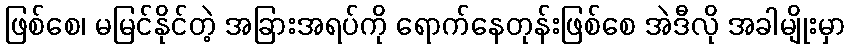
ဖြစ်စေ၊ မမြင်နိုင်တဲ့ အခြားအရပ်ကို ရောက်နေတုန်းဖြစ်စေ အဲဒီလို အခါမျိုးမှာ